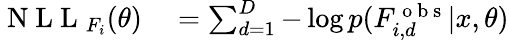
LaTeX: \begin{array}{rl}{\mathrm{~N~L~L~}_{F_{i}}(\theta)}&{{}=\sum_{d=1}^{D}-\log p(F_{i,d}^{\mathrm{~o~b~s~}}|x,\theta)}\end{array}